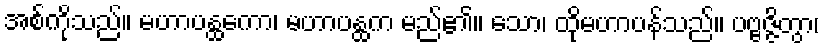
အစ်ကိုသည်။ မဟာပန္ထကော၊ မဟာပန္ထက မည်၏။ သော၊ ထိုမဟာပန်သည်။ ပဗ္ဗဇ္ဇိတွာ၊